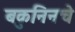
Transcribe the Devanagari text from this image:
बकुनिनचे